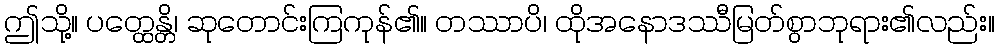
ဤသို့။ ပတ္ထေန္တိ၊ ဆုတောင်းကြကုန်၏။ တဿာပိ၊ ထိုအနောဒဿီမြတ်စွာဘုရား၏လည်း။